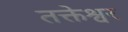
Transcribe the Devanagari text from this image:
तक्तेश्वर